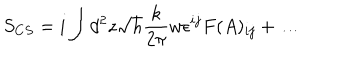
S _ { C S } = i \int d ^ { 2 } z \sqrt { h } { \frac { k } { 2 \pi } } w \epsilon ^ { i j } F ( A ) _ { i j } + \dots